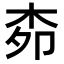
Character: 𭩪